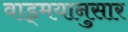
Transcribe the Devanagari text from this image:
वाड्मयानुसार